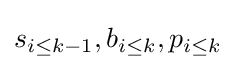
s_{i\leq k-1},b_{i\leq k},p_{i\leq k}